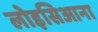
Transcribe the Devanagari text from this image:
लोइसिआना